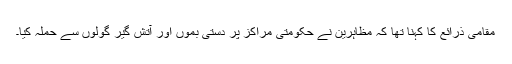
مقامی ذرائع کا کہنا تھا کہ مظاہرین نے حکومتی مراکز پر دستی بموں اور آتش گیر گولوں سے حملہ کیا۔